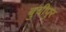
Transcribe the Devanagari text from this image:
बुचीपुर